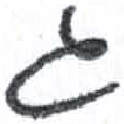
אות: ג